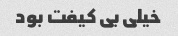
خیلی بی کیفت بود